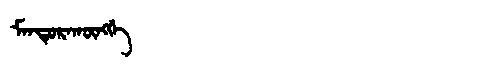
Manchu: ᠮᠠᠨᡨᡠᡵᠠᡴᡡᠩᡤᡝ
Romanization: MANTURAKŪNGGE